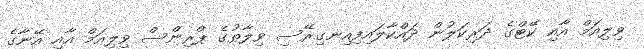
ވިލިއަމް އާއި ކޭޓްގެ ދަރިކަލުން ދައްކާލައިފިއިނގިރޭސި ވިލާތުގެ ޕްރިންސް ވިލިއަމް އާއި އޭނާގެ